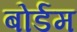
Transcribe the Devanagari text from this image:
बोर्डम